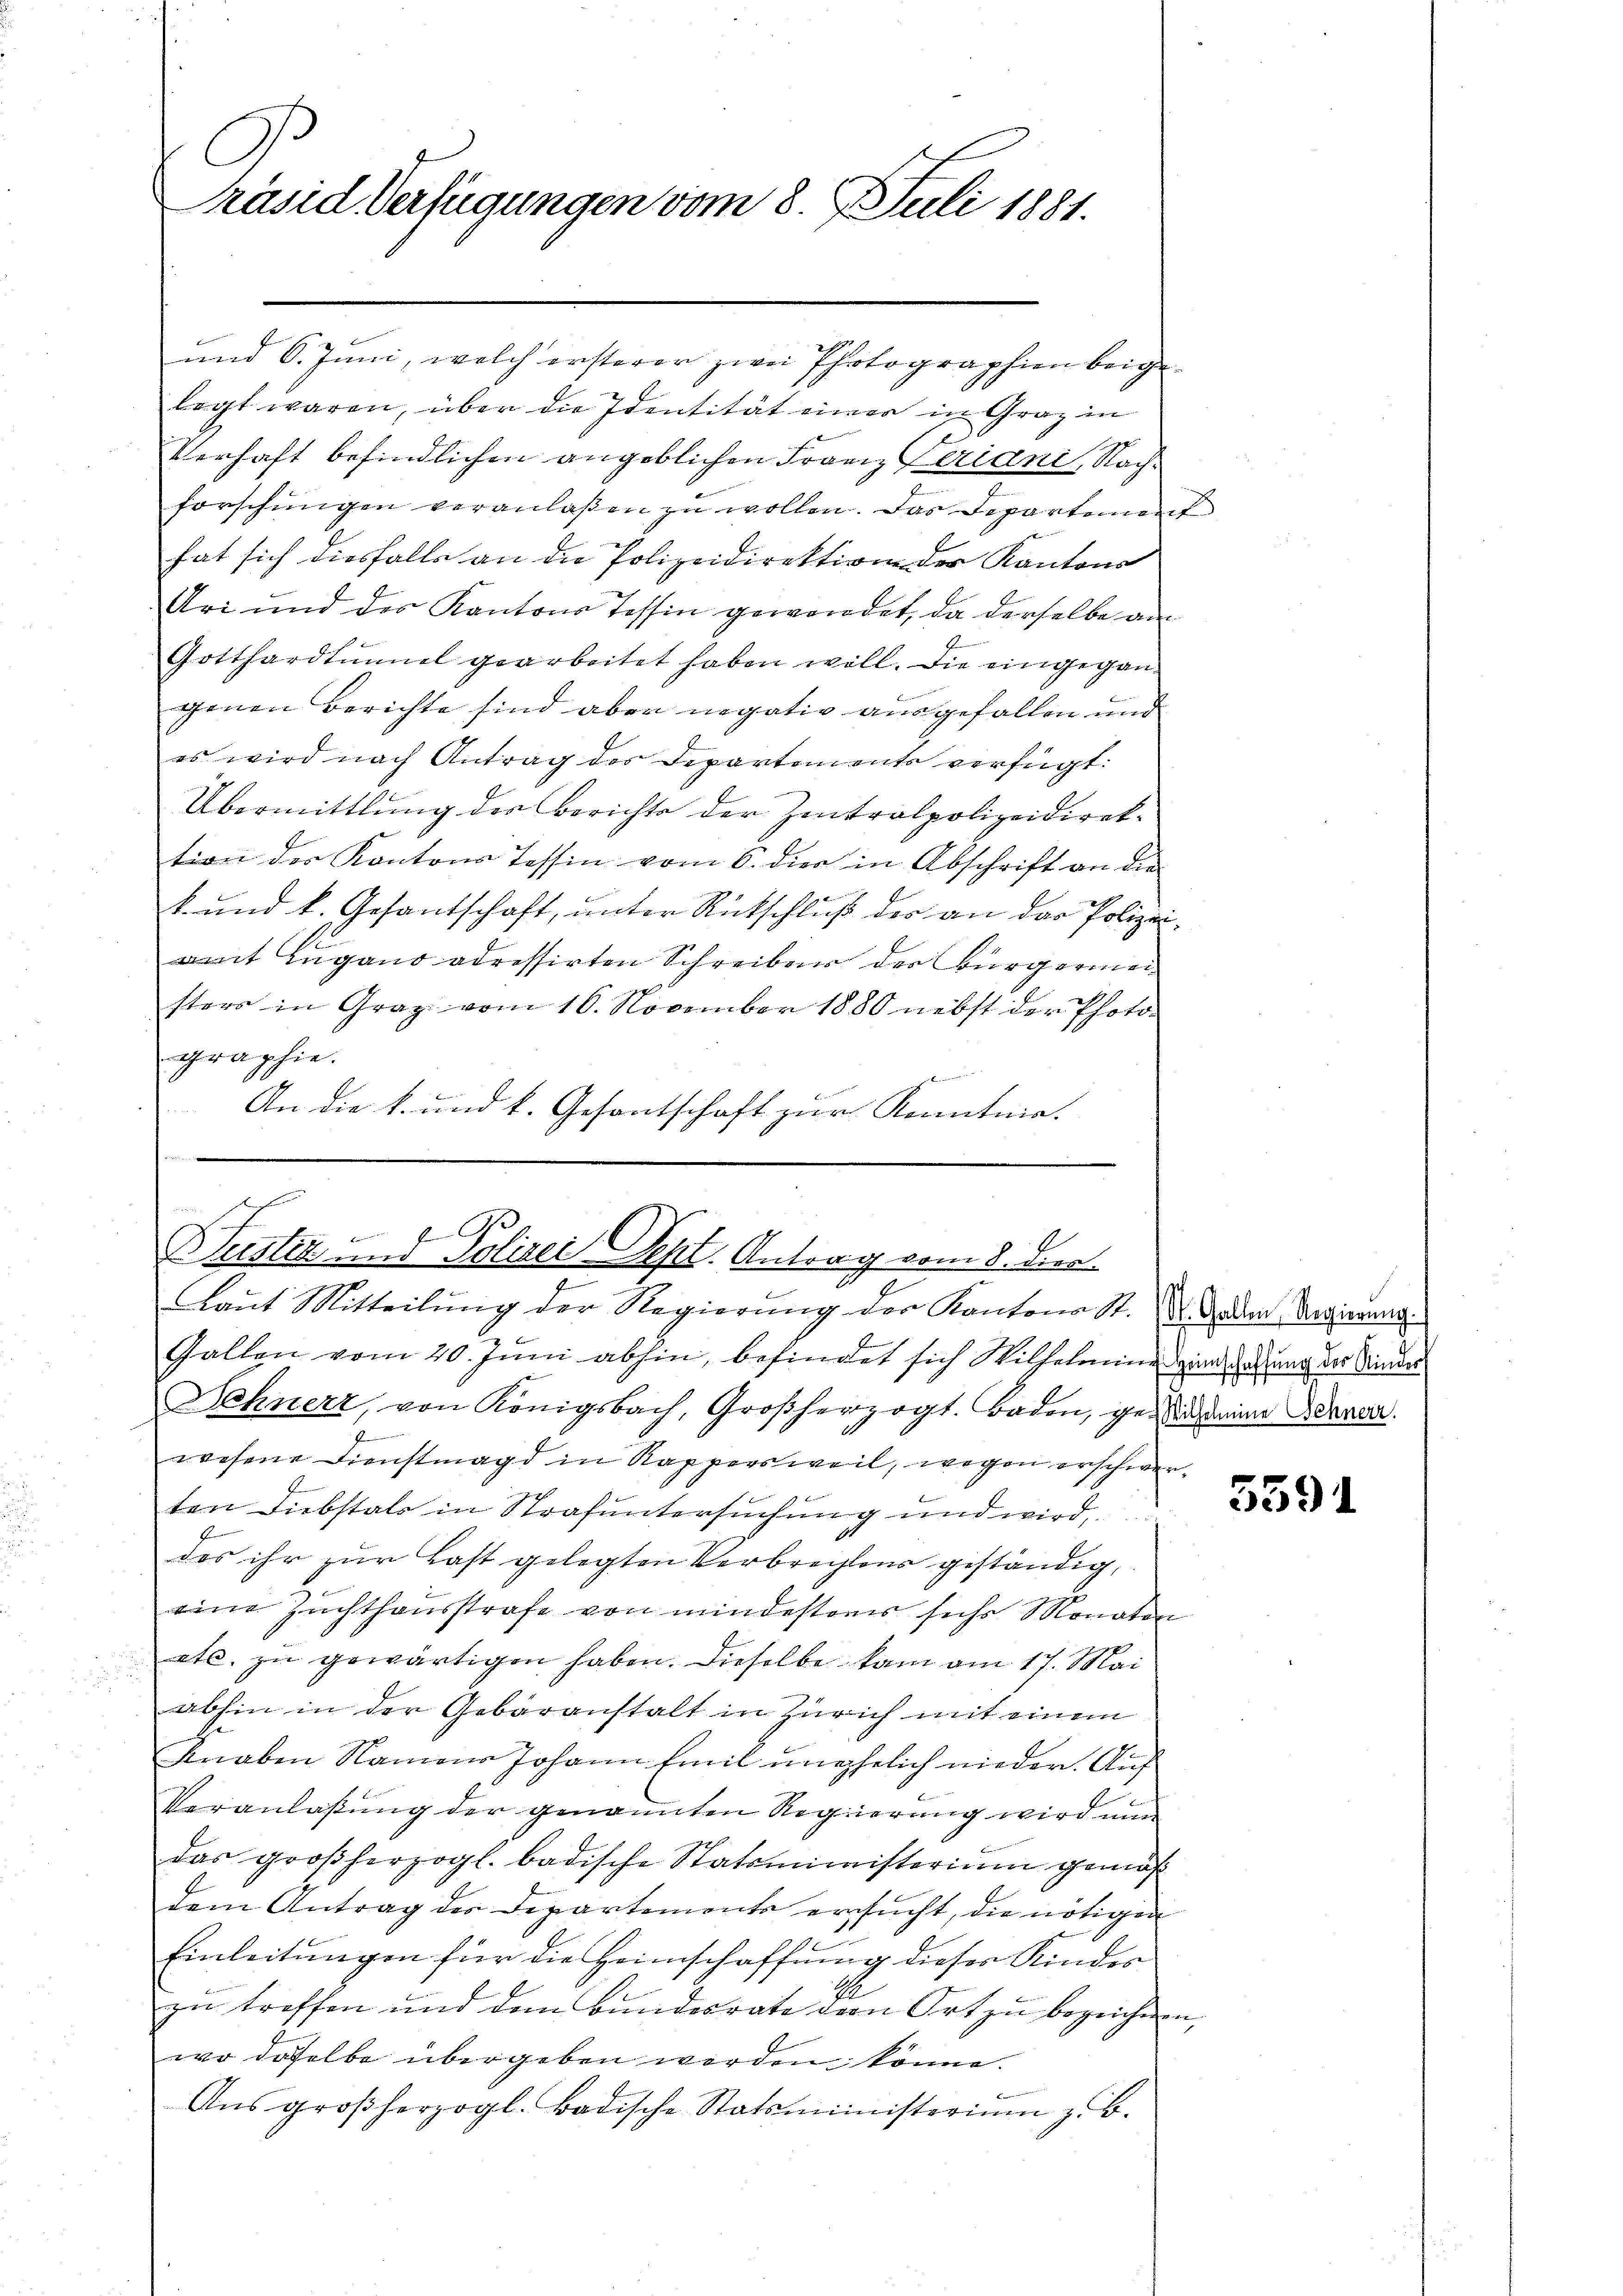
C
Präsid Verfügungen vom 8. J. Juli 1881.

und 6. Juni, welch ersterer zwei Photographien beigelegt waren, über die Identität einer in Graz in
Verhaft befindlichen angeblichen Franz Ceriani, Nachforschungen veranlaßen zu wollen. Das Departement
hat sich diesfalls an die Polizeidirektion der Kantons
Uri und der Kantons Tessin gewendet, da derselbe am
Gotthardtunnel gearbeitet haben will. Die eingegangenen Berichte sind aber negativ ausgefallen und
es wird nach Antrag des Departements verfügt:
Übermittlung des Berichte der Zentralpolizeidirektion der Kantons Tessin vom 6. dies in Abschrift an die
k. und k. Gesantschaft, unter Rückschluß der an der Polizeiamt Lugano adressirten Schreiben der Bürgermei
storo in Graz vom 16. November 1880 nebst der Photo-
graphie.

An die k. und k. Gesantschaft zur Kenntnis.

Klustiz und Polizei Sept. Antrag vom 8. die
f
Laut Mitteilung der Regierung der Kantons St. V. Jeden Regierung

Gallen vom 20. Juni abhin, befindet sich Wilhelmine in darung der Minder
Dehnerz, von Königsbach, Großherzogt. Baden, gesich eine daran
F
wesene Dienstmagd in Rappersweil, wegen erschwerten Diebstals in Strafuntersuchung und wird,
4
das ihr zur Last gelegten Verbrechtens geständig,
eine Zuchthausstrafe von mindesteres sechs Monaten
etc. zu gewärtigen haben. Dieselbe kam am 17. Mai
abhin in der Gebäranstalt in Zürich mit einem
Knaben Namens Johann Emil unehelich nieder. Auf
Veranlaßung der genannten Regierung wird nun
das großherzogl. badische Statsministerium gemäß
dem Antrag des Departements ersucht, die nötigen
Einleitungen für die Heimschaffung dieser Kindes
1.
zu treffen und dem Bundesrate der Ort zu bezeichnen,
wo daselbe übergeben werden könne.
Aŭs großherzogl. Badische Statsministeriŭm z. B.

5391